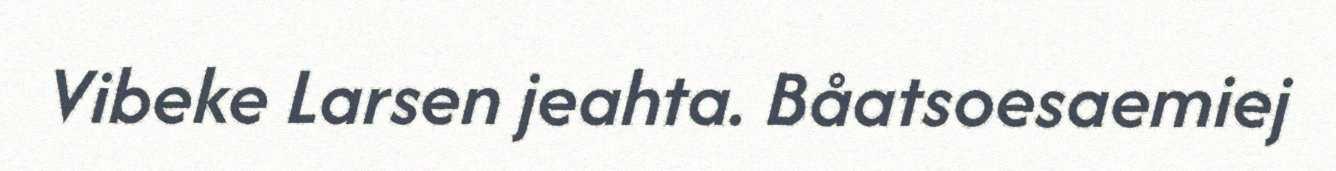
Vibeke Larsen jeahta. Båatsoesaemiej